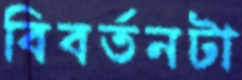
বিবর্তনটা